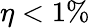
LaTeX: \eta<1\%